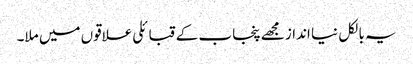
یہ بالکل نیا انداز مجھے پنجاب کے قبائلی علاقوں میں ملا۔